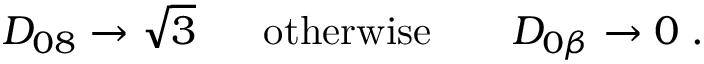
D _ { 0 8 } \rightarrow \sqrt { 3 } ~ ~ ~ ~ ~ \mathrm { o t h e r w i s e } ~ ~ ~ ~ ~ ~ D _ { 0 \beta } \rightarrow 0 \; .